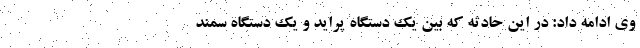
وی ادامه داد: در این حادثه که بین یک دستگاه پراید و یک دستگاه سمند